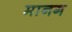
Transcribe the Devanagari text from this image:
मानग